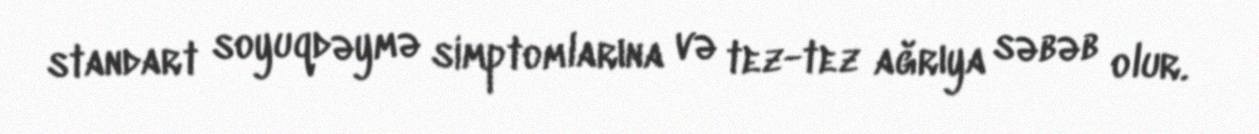
standart soyuqdəymə simptomlarına və tez-tez ağrıya səbəb olur.